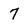
Character: 7